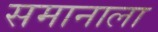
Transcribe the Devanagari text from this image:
समानाला